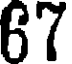
67